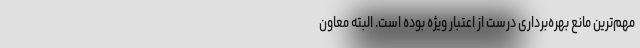
مهم‌ترین مانع بهره‌برداری درست از اعتبار ویژه بوده است. البته معاون